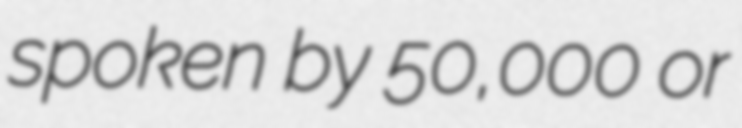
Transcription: spoken by 50,000 or